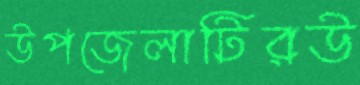
উপজেলাটিরউ